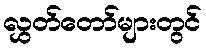
လွှတ်တော်များတွင်